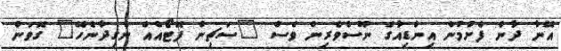
އޭނާ ދާން ފެށުމުން އިންޑިއާގެ ނޫސްވެރިން ވެސް "ސަޗިން ފޮޓޯއެއް ނެގިދާނެހޭ" ގޮވަން